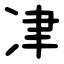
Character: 冿